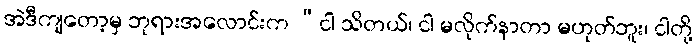
အဲဒီကျတော့မှ ဘုရားအလောင်းက “ငါ သိတယ်၊ ငါ မလိုက်နာတာ မဟုတ်ဘူး၊ ငါတို့